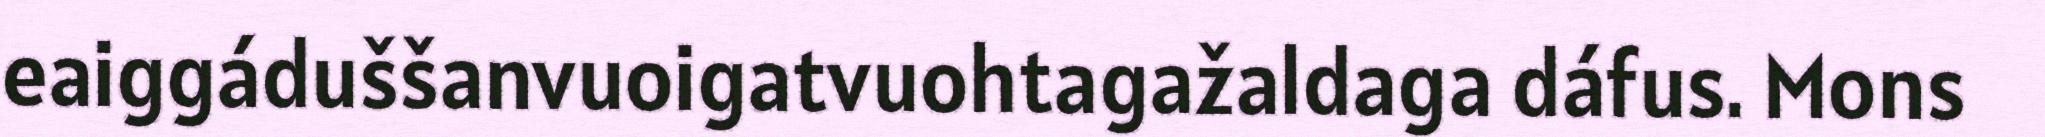
eaiggáduššanvuoigatvuohtagažaldaga dáfus. Mons